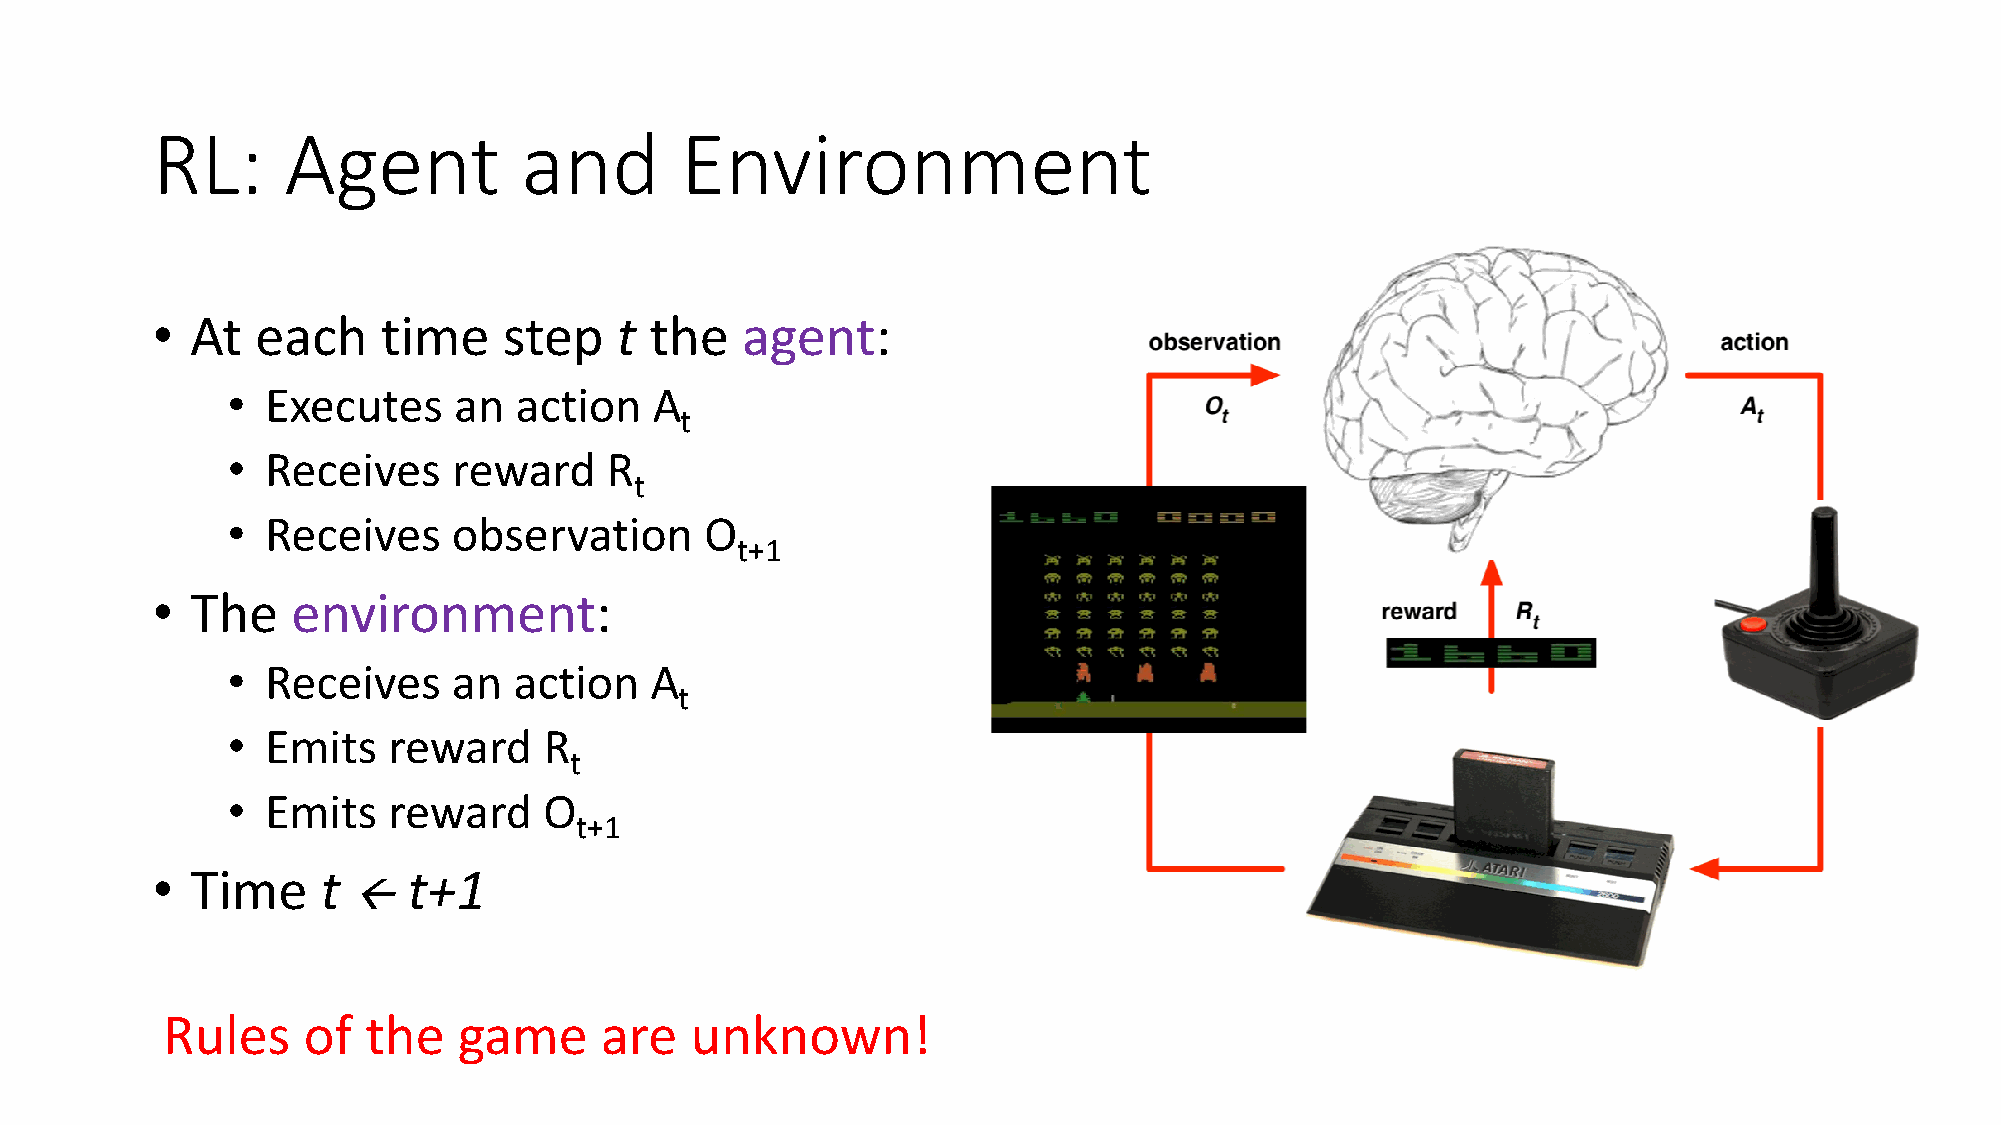
RL:      Agent          and        Environment
 •  At  each    time    step    t the   agent:
 •  Executes    an  action   A
 t
 •  Receives    reward    R
 t
 •  Receives    observation      O
 t+1
 •  The   environment:
 •  Receives    an  action   A
 t
 •  Emits   reward    R
 t
 •  Emits   reward    O
 t+1
 •  Time    t     t+1
 ß
 Rules    of  the   game      are   unknown!